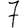
Digit: 7